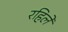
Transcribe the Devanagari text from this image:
रहिले